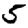
Digit: 5